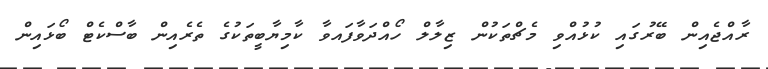
ރާއްޖެއިން ބޭރުގައި ކުޅުއްވި މެޗްތަކުން ޒިލާލް ހޯއްދަވާފައވާ ކާމިޔާބީތަކުގެ ތެރެއިން ބާސްކެޓް ބޯޅައިން